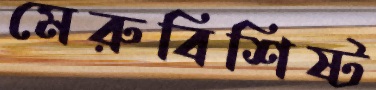
মেরুবিশিষ্ট